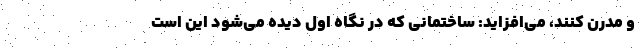
و مدرن کنند، می‌افزاید: ساختمانی که در نگاه اول دیده می‌شود این است